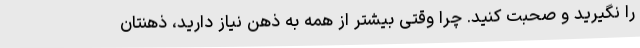
را نگیرید و صحبت کنید. چرا وقتی بیشتر از همه به ذهن نیاز دارید، ذهنتان